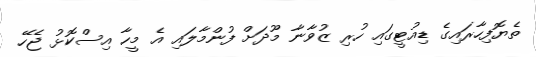
ތެޔޮފިހާރައިގެ ޑިއުޓީގައި ހުރި ޒުވާނާ މޫދަށް ފުންމާލައި އެ މީހާ އިސްކޮޅު ޖެހޭ